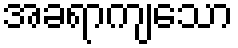
အခရာကျသော